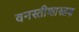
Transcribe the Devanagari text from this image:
वनस्तीशास्त्रज्ञ